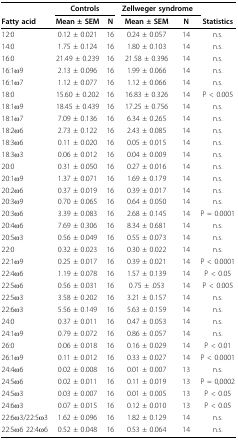
<table><thead><tr><td></td><td colspan="2"><b>Controls</b></td><td colspan="2"><b>Zellweger syndrome</b></td><td></td></tr><tr><td><b>Fatty acid</b></td><td><b>Mean ± SEM</b></td><td><b>N</b></td><td><b>Mean ± SEM</b></td><td><b>N</b></td><td><b>Statistics</b></td></tr></thead><tbody><tr><td>12:0</td><td>0.12 ± 0.021</td><td>16</td><td>0.24 ± 0.057</td><td>14</td><td>n.s.</td></tr><tr><td>14:0</td><td>1.75 ± 0.124</td><td>16</td><td>1.80 ± 0.103</td><td>14</td><td>n.s.</td></tr><tr><td>16:0</td><td>21.49 ± 0.239</td><td>16</td><td>21.58 ± 0.396</td><td>14</td><td>n.s.</td></tr><tr><td>16:1ω9</td><td>2.13 ± 0.096</td><td>16</td><td>1.99 ± 0.066</td><td>14</td><td>n.s.</td></tr><tr><td>16:1ω7</td><td>1.12 ± 0.077</td><td>16</td><td>1.12 ± 0.066</td><td>14</td><td>n.s.</td></tr><tr><td>18:0</td><td>15.60 ± 0.202</td><td>16</td><td>16.83 ± 0.326</td><td>14</td><td>P &lt; 0.005</td></tr><tr><td>18:1ω9</td><td>18.45 ± 0.439</td><td>16</td><td>17.25 ± 0.756</td><td>14</td><td>n.s.</td></tr><tr><td>18:1ω7</td><td>7.09 ± 0.136</td><td>16</td><td>6.34 ± 0.265</td><td>14</td><td>n.s.</td></tr><tr><td>18:2ω6</td><td>2.73 ± 0.122</td><td>16</td><td>2.43 ± 0.085</td><td>14</td><td>n.s.</td></tr><tr><td>18:3ω6</td><td>0.11 ± 0.020</td><td>16</td><td>0.05 ± 0.015</td><td>14</td><td>n.s.</td></tr><tr><td>18:3ω3</td><td>0.06 ± 0.012</td><td>16</td><td>0.04 ± 0.009</td><td>14</td><td>n.s.</td></tr><tr><td>20:0</td><td>0.31 ± 0.050</td><td>16</td><td>0.27 ± 0.016</td><td>14</td><td>n.s.</td></tr><tr><td>20:1ω9</td><td>1.37 ± 0.071</td><td>16</td><td>1.69 ± 0.179</td><td>14</td><td>n.s.</td></tr><tr><td>20:2ω6</td><td>0.37 ± 0.019</td><td>16</td><td>0.39 ± 0.017</td><td>14</td><td>n.s.</td></tr><tr><td>20:3ω9</td><td>0.70 ± 0.065</td><td>16</td><td>0.64 ± 0.050</td><td>14</td><td>n.s.</td></tr><tr><td>20:3ω6</td><td>3.39 ± 0.083</td><td>16</td><td>2.68 ± 0.145</td><td>14</td><td>P = 0.0001</td></tr><tr><td>20:4ω6</td><td>7.69 ± 0.306</td><td>16</td><td>8.34 ± 0.681</td><td>14</td><td>n.s.</td></tr><tr><td>20:5ω3</td><td>0.56 ± 0.049</td><td>16</td><td>0.55 ± 0.073</td><td>14</td><td>n.s.</td></tr><tr><td>22:0</td><td>0.32 ± 0.023</td><td>16</td><td>0.30 ± 0.022</td><td>14</td><td>n.s.</td></tr><tr><td>22:1ω9</td><td>0.25 ± 0.017</td><td>16</td><td>0.39 ± 0.021</td><td>14</td><td>P &lt; 0.0001</td></tr><tr><td>22:4ω6</td><td>1.19 ± 0.078</td><td>16</td><td>1.57 ± 0.139</td><td>14</td><td>P &lt; 0.05</td></tr><tr><td>22:5ω6</td><td>0.56 ± 0.031</td><td>16</td><td>0.75 ± .053</td><td>14</td><td>P &lt; 0.005</td></tr><tr><td>22:5ω3</td><td>3.58 ± 0.202</td><td>16</td><td>3.21 ± 0.157</td><td>14</td><td>n.s.</td></tr><tr><td>22:6ω3</td><td>5.56 ± 0.149</td><td>16</td><td>5.63 ± 0.159</td><td>14</td><td>n.s.</td></tr><tr><td>24:0</td><td>0.37 ± 0.011</td><td>16</td><td>0.47 ± 0.053</td><td>14</td><td>n.s.</td></tr><tr><td>24:1ω9</td><td>0.79 ± 0.072</td><td>16</td><td>0.86 ± 0.057</td><td>14</td><td>n.s.</td></tr><tr><td>26:0</td><td>0.06 ± 0.018</td><td>16</td><td>0.16 ± 0.029</td><td>14</td><td>P &lt; 0.01</td></tr><tr><td>26:1ω9</td><td>0.11 ± 0.012</td><td>16</td><td>0.33 ± 0.027</td><td>14</td><td>P &lt; 0.0001</td></tr><tr><td>24:4ω6</td><td>0.02 ± 0.008</td><td>16</td><td>0.01 ± 0.007</td><td>13</td><td>n.s.</td></tr><tr><td>24:5ω6</td><td>0.02 ± 0.011</td><td>16</td><td>0.11 ± 0.019</td><td>13</td><td>P = 0,0002</td></tr><tr><td>24:5ω3</td><td>0.03 ± 0.007</td><td>16</td><td>0.01 ± 0.005</td><td>13</td><td>P &lt; 0.05</td></tr><tr><td>24:6ω3</td><td>0.07 ± 0.015</td><td>16</td><td>0.12 ± 0.010</td><td>13</td><td>P &lt; 0.05</td></tr><tr><td>22:6ω3/22:5ω3</td><td>1.62 ± 0.096</td><td>16</td><td>1.82 ± 0.129</td><td>14</td><td>n.s.</td></tr><tr><td>22:5ω6 22:4ω6</td><td>0.52 ± 0.048</td><td>16</td><td>0.53 ± 0.064</td><td>14</td><td>n.s.</td></tr></tbody></table>